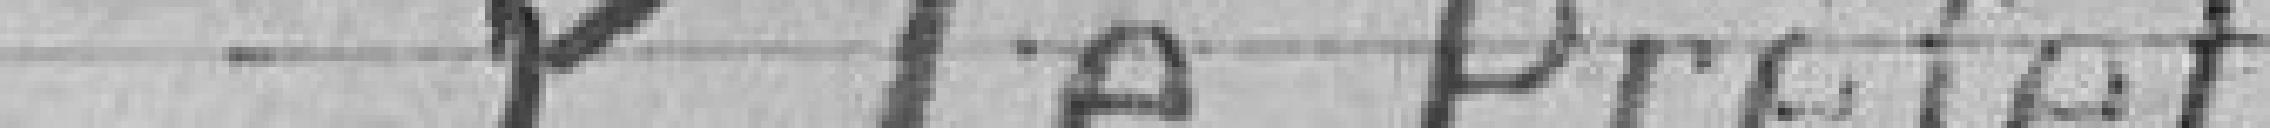
P Le Préfet,